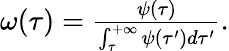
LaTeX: \begin{array}{r}{\omega(\tau)=\frac{\psi(\tau)}{\int_{\tau}^{+\infty}{\psi(\tau^{\prime})d\tau^{\prime}}}.}\end{array}